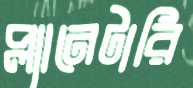
প্ল্যানেটারি